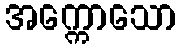
အက္ကောသော